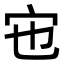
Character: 𡧀